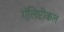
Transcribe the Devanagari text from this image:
ऍलिप्टीकल